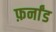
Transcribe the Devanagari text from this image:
फ़र्नांड